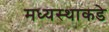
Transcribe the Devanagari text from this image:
मध्यस्थाकडे